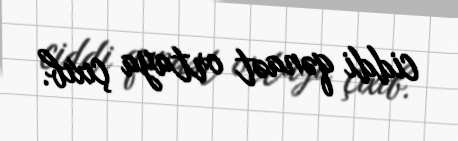
ciddi qənaət ortaya çıxıb.